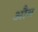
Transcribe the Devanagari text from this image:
औब